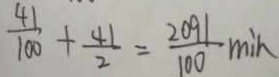
\frac { 4 1 } { 1 0 0 } + \frac { 4 1 } { 2 } = \frac { 2 0 9 1 } { 1 0 0 } \min